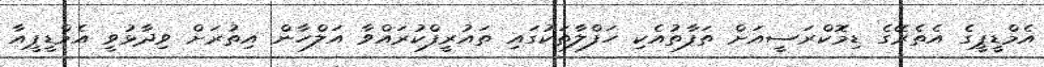
އެމްޑީޕީގެ އެތެރޭގެ ޑިމޮކްރަސީއަށް ތަފާތުއެކި ހަފްލާތަކުގައި ތައުރީފްކުރައްވާ އަލްހާން އިތުރަށް ވިދާޅުވީ އެމްޑީޕީއާ